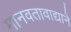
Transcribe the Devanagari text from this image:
मानवतावाद्याने